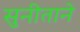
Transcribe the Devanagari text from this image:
सुनीताने